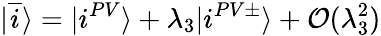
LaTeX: |\overline{{i}}\rangle=|i^{PV}\rangle+\lambda_{3}|i^{PV\pm}\rangle+{\cal O}(\lambda_{3}^{2})